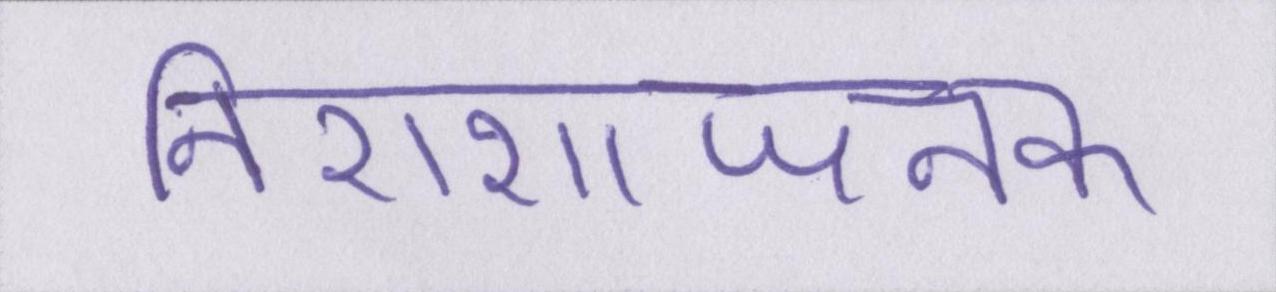
निराशाजनक